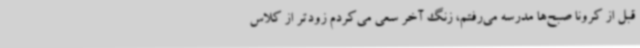
قبل از کرونا صبح‌ها مدرسه می‌رفتم، زنگ آخر سعی می‌کردم زودتر از کلاس